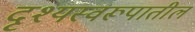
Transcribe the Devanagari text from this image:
दृश्यस्वरूपातील